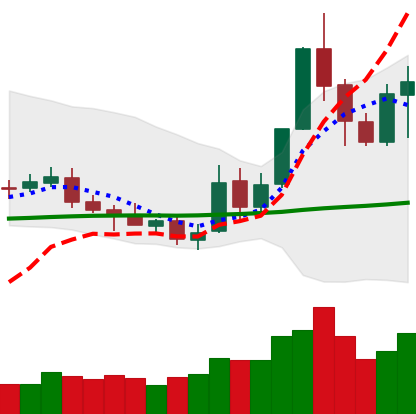
Ticker: NEO-USD
Chart end date: 2019-05-20
Forward return: -4.953%
Label: down_3_5